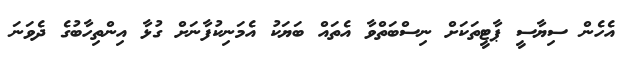
އެހެން ސިޔާސީ ޕާޓީތަކަށް ނިސްބަތްވާ އެތައް ބަޔަކު އެމަނިކުފާނަށް ގުޅާ އިންތިހާބުގެ ދެވަނަ